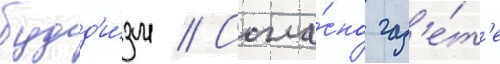
будд'и́зм // Согла́сно газ'е́т'е